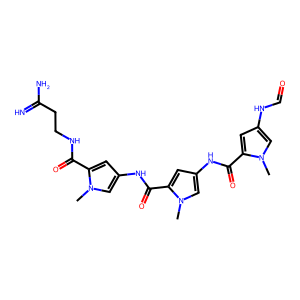
SMILES: Cn1cc(NC(=O)c2cc(NC(=O)c3cc(NC=O)cn3C)cn2C)cc1C(=O)NCCC(=N)N
Inhibits HIV replication: No